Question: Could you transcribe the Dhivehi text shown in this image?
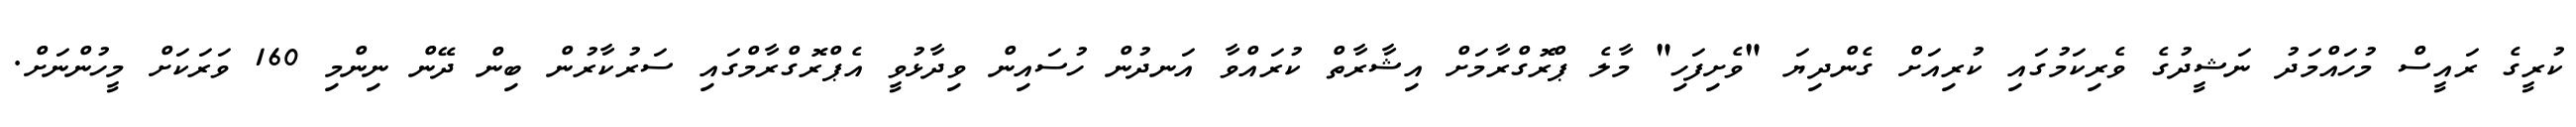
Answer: ކުރީގެ ރައީސް މުހައްމަދު ނަޝީދުގެ ވެރިކަމުގައި ކުރިއަށް ގެންދިޔަ "ވެށިފަހި" މާލެ ޕްރޮގްރާމަށް އިޝާރާތް ކުރައްވާ އަނދުން ހުސައިން ވިދާޅުވީ އެޕްރޮގްރާމްގައި ސަރުކާރުން ބިން ދޭން ނިންމި 160 ވަރަކަށް މީހުންނަށް.